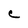
Character: e